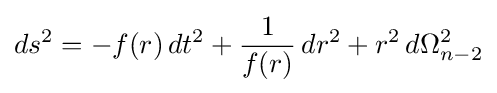
ds^{2}=-f(r)\,dt^{2}+{\frac {1}{f(r)}}\,dr^{2}+r^{2}\,d\Omega _{n-2}^{2}